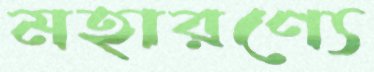
মহারণ্যে